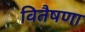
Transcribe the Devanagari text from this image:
वितैषणा